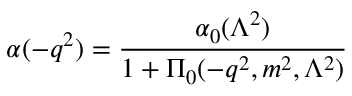
\alpha ( - q ^ { 2 } ) = { \frac { \alpha _ { 0 } ( \Lambda ^ { 2 } ) } { 1 + \Pi _ { 0 } ( - q ^ { 2 } , m ^ { 2 } , \Lambda ^ { 2 } ) } }